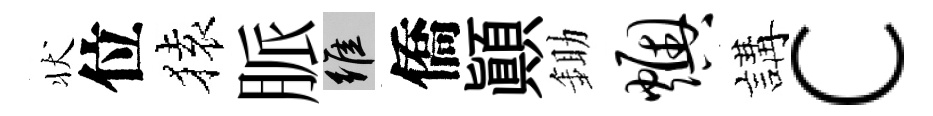
状位𫞤脈維僑顚鋤燠講c